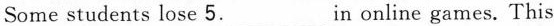
Some students lose 5._ In online games. This